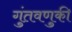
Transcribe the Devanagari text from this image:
गुंतवणुकी